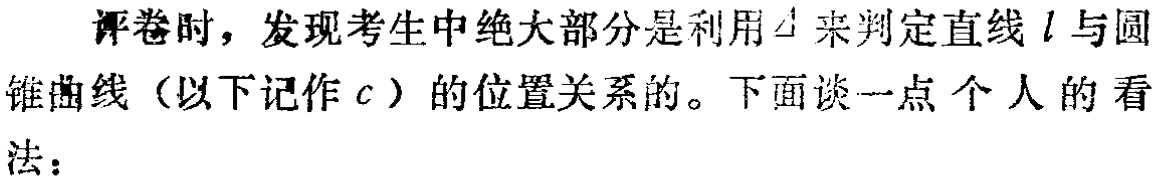
评卷时，发现考生中绝大部分是利用$\Delta$来判定直线$l$与圆锥曲线（以下记作$c$）的位置关系的。下面谈一点个人的看法：